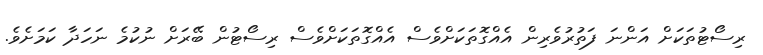
ރިސޯޓުތަކަށް އަންނަ ފަތުރުވެރިން އެއްގޮތަކަށްވެސް އެއްގޮތަކަށްވެސް ރިސޯޓުން ބޭރަށް ނުކުމެ ނަހަދާ ކަމަށެވެ.